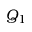
Q _ { 1 }